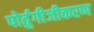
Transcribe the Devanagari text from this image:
पोर्तुगीजीकरण